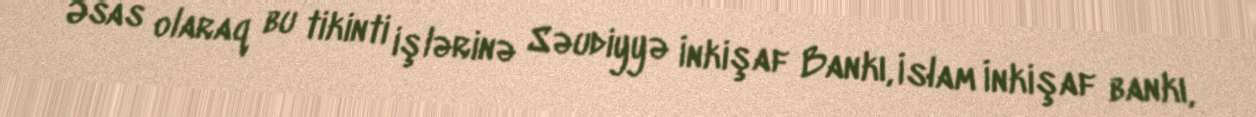
Əsas olaraq bu tikinti işlərinə Səudiyyə İnkişaf Bankı, İslam İnkişaf bankı,